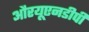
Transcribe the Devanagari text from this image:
औरयूएनडीपी